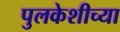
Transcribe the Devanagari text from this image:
पुलकेशीच्या